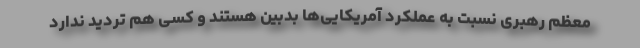
معظم رهبری نسبت به عملکرد آمریکایی‌ها بدبین هستند و کسی هم تردید ندارد